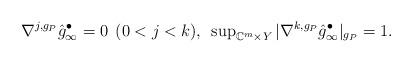
LaTeX: \begin{align*}\nabla^{j,g_P}\hat{g}^\bullet_\infty = 0 \;\,(0 < j < k), \;\, \sup\nolimits_{\mathbb{C}^m\times Y}|\nabla^{k,g_P} \hat{g}^\bullet_\infty|_{g_P}=1.\end{align*}